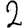
Digit: 2